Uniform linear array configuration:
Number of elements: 4
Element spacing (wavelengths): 0.25
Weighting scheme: hamming
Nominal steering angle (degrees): -60
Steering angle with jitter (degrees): -59.881
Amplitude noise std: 0.05
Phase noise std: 0.05

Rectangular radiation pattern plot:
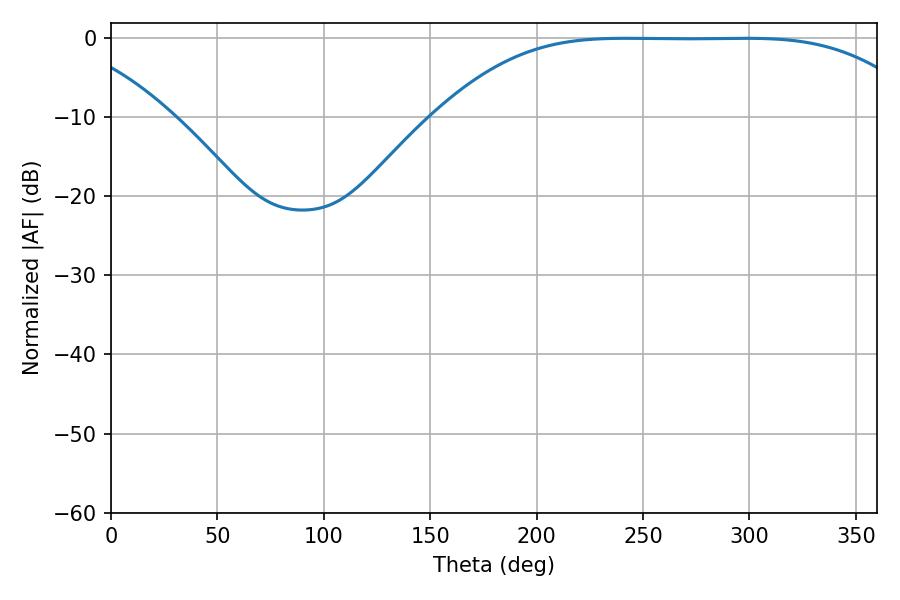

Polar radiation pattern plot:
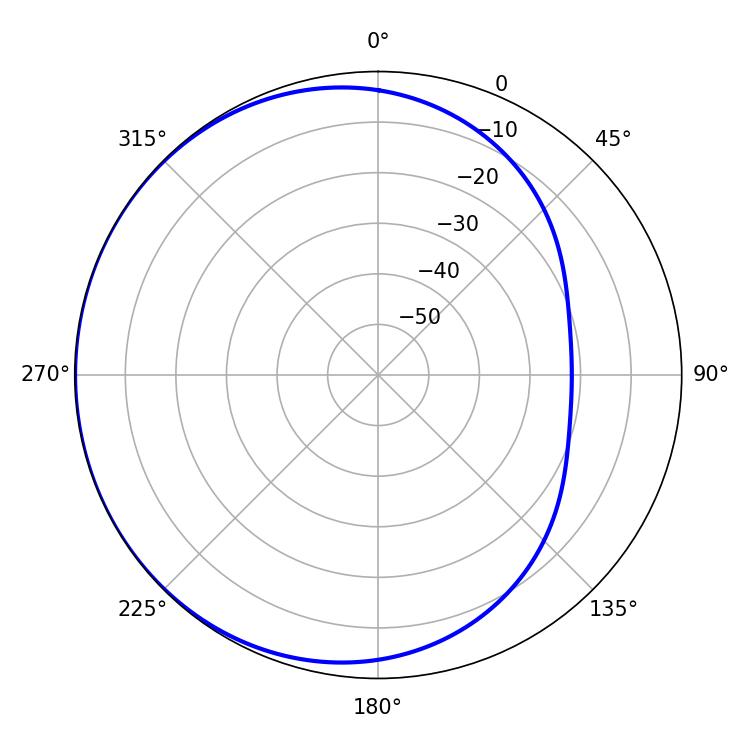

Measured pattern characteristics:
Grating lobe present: FALSE
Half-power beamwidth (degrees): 170.28
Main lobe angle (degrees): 241.92